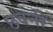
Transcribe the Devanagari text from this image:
छवनी